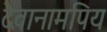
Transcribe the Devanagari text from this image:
देवानामपिय